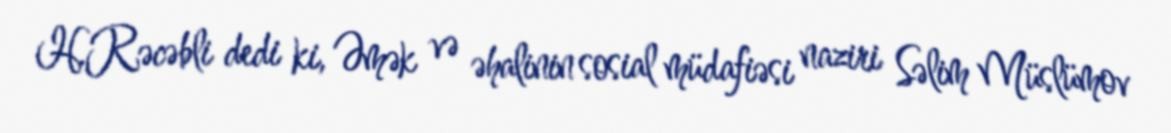
H.Rəcəbli dedi ki, Əmək və əhalinin sosial müdafiəsi naziri Səlim Müslümov